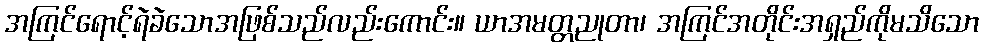
အကြင်ရောင့်ရဲခဲသောအဖြစ်သည်လည်းကောင်း။ ယာအမတ္တညုတာ၊ အကြင်အတိုင်းအရှည်ကိုမသိသော